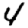
Digit: 4